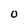
Character: O